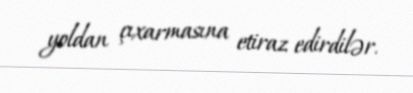
yoldan çıxarmasına etiraz edirdilər.